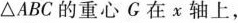
△ABC的重心G在x轴上，